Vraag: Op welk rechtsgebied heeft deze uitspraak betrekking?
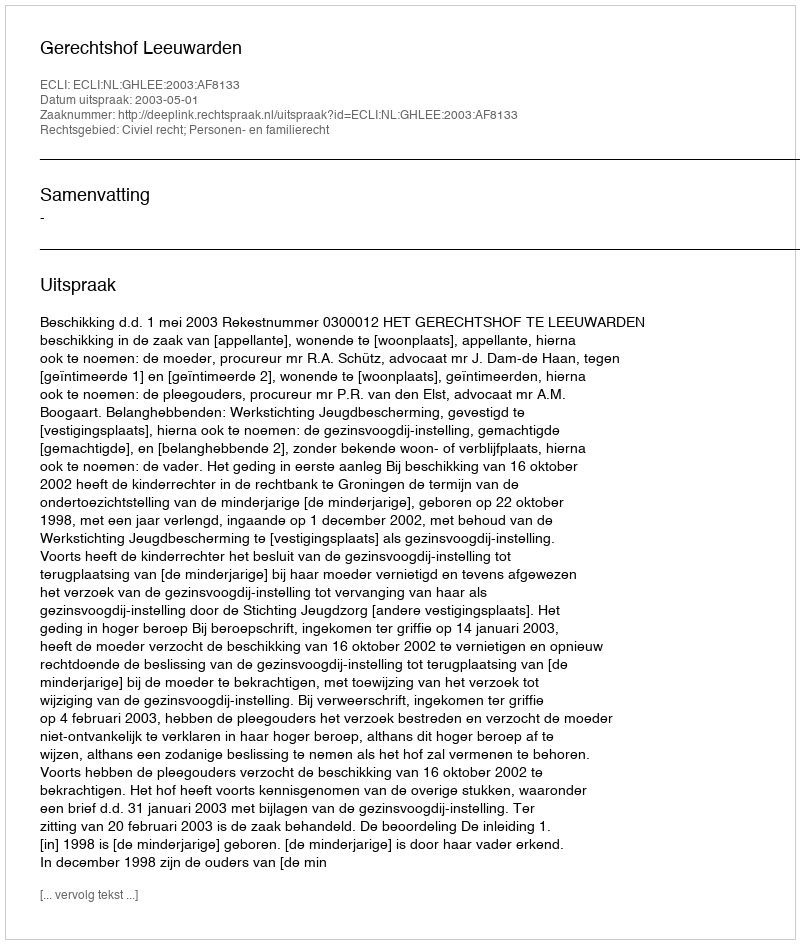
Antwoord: Civiel recht; Personen- en familierecht